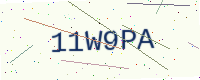
Text: 11W9PA